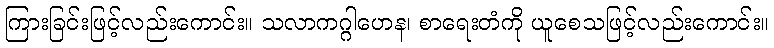
ကြားခြင်းဖြင့်လည်းကောင်း။ သလာကဂ္ဂါဟေန၊ စာရေးတံကို ယူစေသဖြင့်လည်းကောင်း။